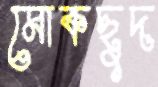
মোকছুদ